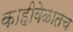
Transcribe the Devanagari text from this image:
काहीवेळातच